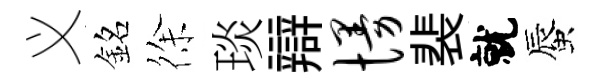
义銘徐琰辯慢裴就蜃